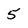
Character: 5